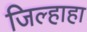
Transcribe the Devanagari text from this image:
जिल्हाहा